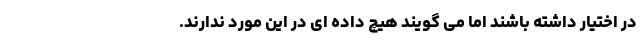
در اختیار داشته باشند اما می گویند هیچ داده ای در این مورد ندارند.